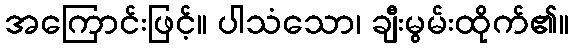
အကြောင်းဖြင့်။ ပါသံသော၊ ချီးမွမ်းထိုက်၏။